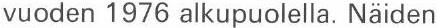
vuoden 1976 alkupuolella. Näiden